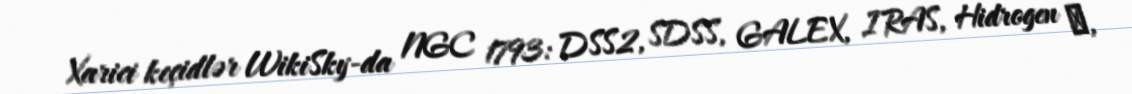
Xarici keçidlər WikiSky-da NGC 1793: DSS2, SDSS, GALEX, IRAS, Hidrogen α,